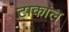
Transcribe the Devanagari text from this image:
टाकाल